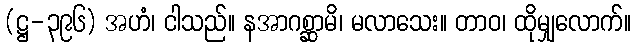
(ဋ္ဌ-၃၉၆) အဟံ၊ ငါသည်။ နအာဂစ္ဆာမိ၊ မလာသေး။ တာဝ၊ ထိုမျှလောက်။